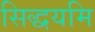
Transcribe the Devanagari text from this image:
सिद्धयमि